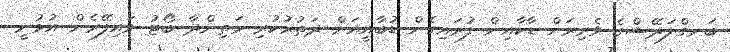
ބަނގްލަދޭޝްގެ ވެރިރަށް ޑާކާއިން ފުރައިގެން ޑުބާއީއަށް ދަތުރުކުރި މަތިންދާ ބޯޓު ވައިފޭރެން އުޅުނީ